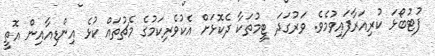
ފުޓުބޯޅަ ކުރިއަރާފައިވުމެވެ. ވަރުގަދަ ޓީމުތަކާ ދެކޮޅަށް އެކުވެރިކަމުގެ މެޗުތައް ކުޅެ އިންޑިއާއިން އޮތީ